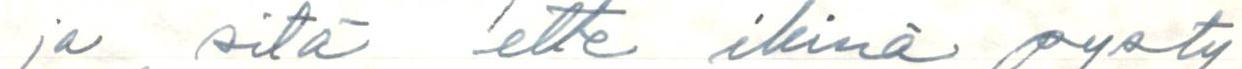
ja sitä ette ikinä pysty